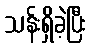
သန်းရှိခဲ့ပြီး